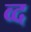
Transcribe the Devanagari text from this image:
व्द